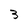
Character: 3